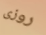
روزى